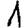
Digit: 1